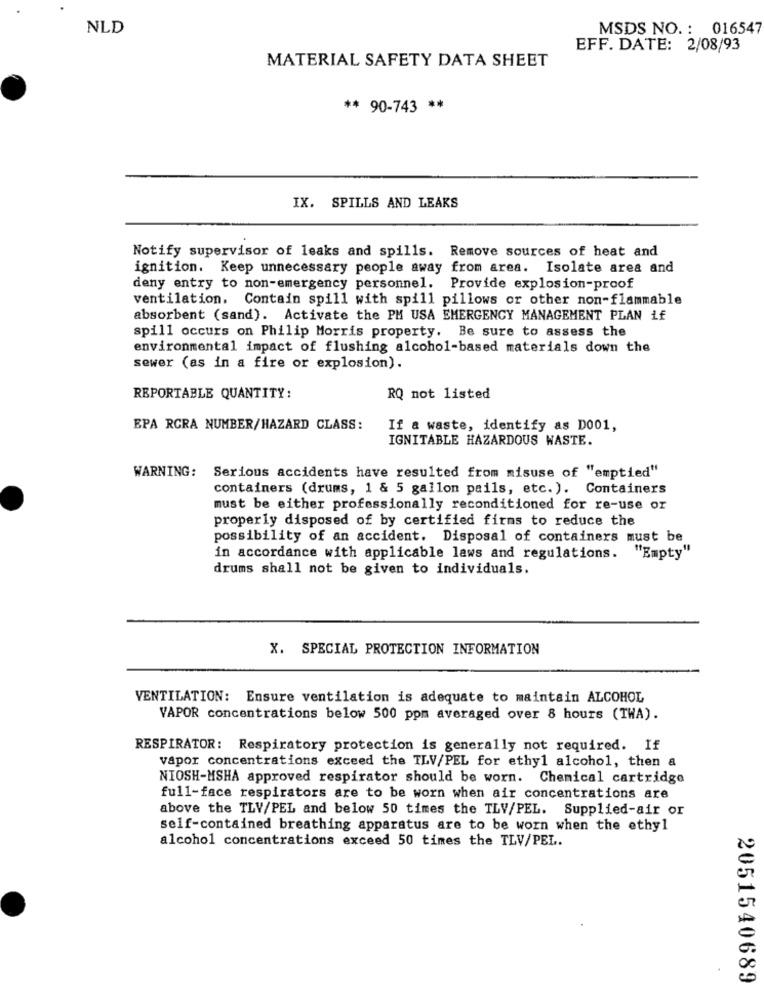
NLD
MSDS NO. : 016547
EFF. DATE: 2/08/93
MATERIAL SAFETY DATA SHEET
** 90-743 **
IX. SPILLS AND LEAKS
Notify supervisor of leaks and spills. Remove sources of heat and
ignition. Keep unnecessary people away from area. Isolate area and
deny entry to non-emergency personnel. Provide explosion-proof
ventilation. Contain spill with spill pillows or other non-flammable
absorbent (sand). Activate the PM USA EMERGENCY MANAGEMENT PLAN Lf
spill occurs on Philip Morris property. Be sure to assess the
environmental impact of flushing alcohol-based materials down the
sewer (as in a fire or explosion).
REPORTABLE QUANTITY:
RQ not listed
EPA RCRA NUMBER/HAZARD CLASS:
If a waste, identify as D001,
IGNITABLE HAZARDOUS WASTE.
WARNING: Serious accidents have resulted from misuse of "emptied"
containers (drums, 1 & 5 gallon pails, etc. ). Containers
must be either professionally reconditioned for re-use or
properly disposed of by certified firms to reduce the
possibility of an accident. Disposal of containers must be
in accordance with applicable laws and regulations. "Empty"
drums shall not be given to individuals.
X. SPECIAL PROTECTION INFORMATION
VENTILATION: Ensure ventilation is adequate to maintain ALCOHOL
VAPOR concentrations below 500 ppm averaged over 8 hours (TWA).
RESPIRATOR: Respiratory protection is generally not required. If
vapor concentrations exceed the TLV/PEL for ethyl alcohol, then a
NIOSH-MSHA approved respirator should be worn. Chemical cartridge
full-face respirators are to be worn when air concentrations are
above the TLV/PEL and below 50 times the TLV/PEL. Supplied-air or
self-contained breathing apparatus are to be worn when the ethyl
alcohol concentrations exceed 50 times the TLV/PEL.
2051540689